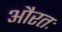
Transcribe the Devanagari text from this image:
औरतः